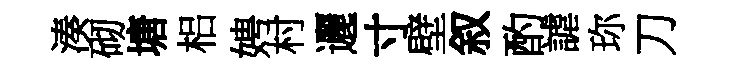
湊砌塘梠娉村邐寸壁叙酌謔珎刀